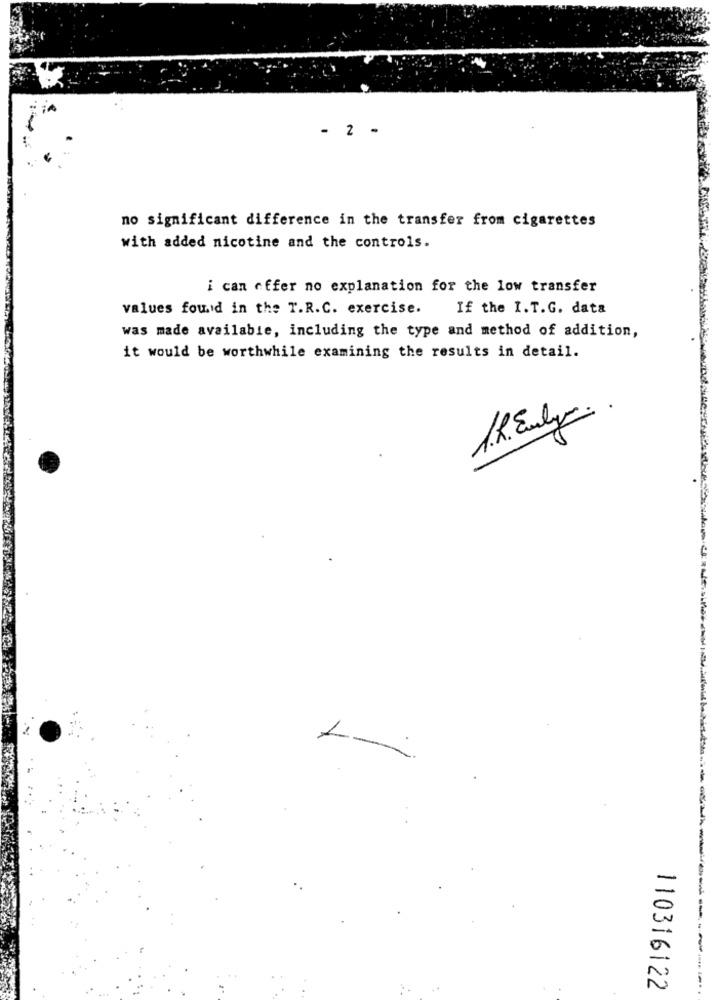
- 2 -
no significant difference in the transfer from cigarettes
with added nicotine and the controls.
i can offer no explanation for the low transfer
values found in the T.R.C. exercise.
If the I.T.G. data
was made available, including the type and method of addition,
it would be worthwhile examining the results in detail.
1.h. Enlys
110316122
---..